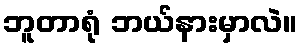
ဘူတာရုံ ဘယ်နားမှာလဲ။